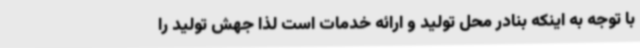
با توجه به اینکه بنادر محل تولید و ارائه خدمات است لذا جهش تولید را